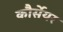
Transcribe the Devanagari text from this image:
कौर्सेयर